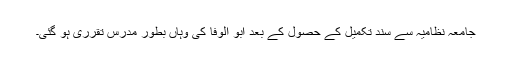
جامعہ نظامیہ سے سند تکمیل کے حصول کے بعد ابو الوفا کی وہاں بطور مدرس تقرری ہو گئی۔